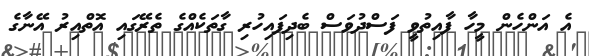
އެ އަންހެން މީހާ ފާއިތުވީ ފަސްދުވަސް ބެދިފައިހުރި ގާތަކެއްގެ ތެރޭގައި އޮތްއިރު އޭނާގެ